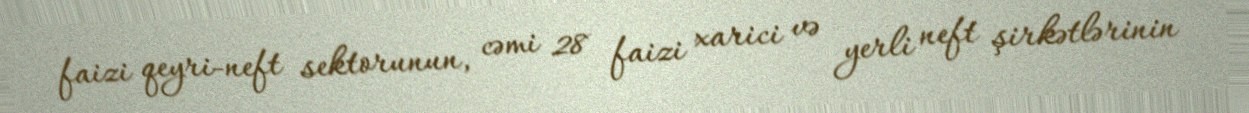
faizi qeyri-neft sektorunun, cəmi 28 faizi xarici və yerli neft şirkətlərinin